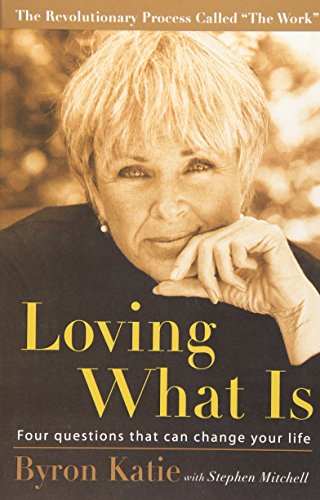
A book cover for Loving What Is: Four Questions That Can Change Your Life; Byron Katie; Self-Help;